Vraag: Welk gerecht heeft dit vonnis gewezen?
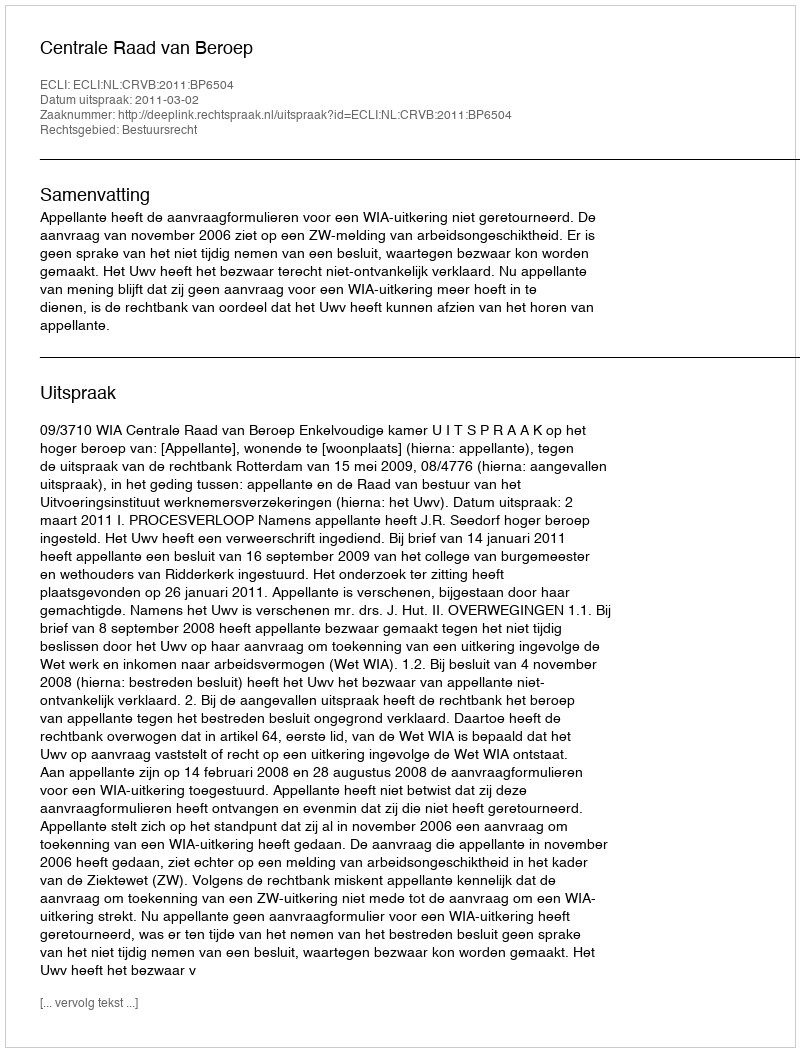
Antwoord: Centrale Raad van Beroep